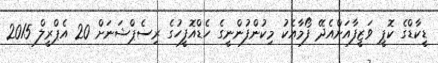
ޑީކާޑްގެ ކޮޕީ ވަޒީފާއަށްއެދޭ ފޯމާއެކު މިކުންފުންނީގެ ހެޑްއޮފީހުގެ ރިސެޕްޝަނަށް 20 އެޕްރީލް 2015